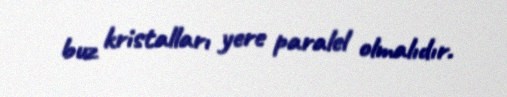
buz kristalları yere paralel olmalıdır.